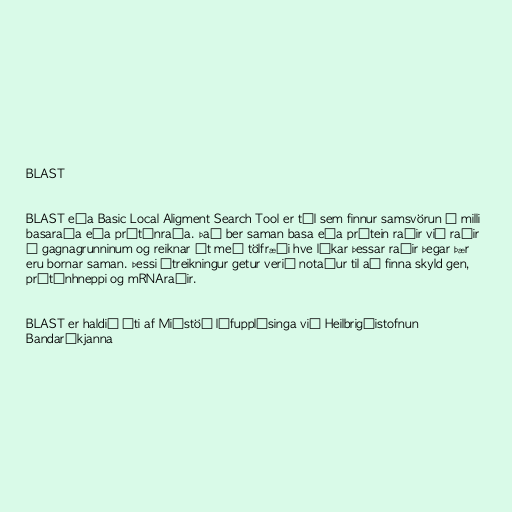
BLAST

BLAST eða Basic Local Aligment Search Tool er tól sem finnur samsvörun á milli
basaraða eða prótínraða. Það ber saman basa eða prótein raðir við raðir
í gagnagrunninum og reiknar út með tölfræði hve líkar þessar raðir þegar þær
eru bornar saman. Þessi útreikningur getur verið notaður til að finna skyld gen,
prótínhneppi og mRNAraðir.

BLAST er haldið úti af Miðstöð lífupplýsinga við Heilbrigðistofnun
Bandaríkjanna